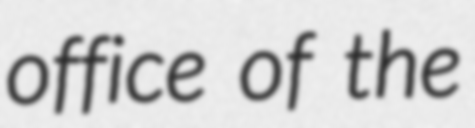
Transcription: office of the